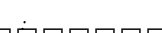
: